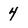
Character: 4